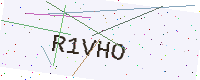
Text: R1VHO